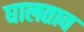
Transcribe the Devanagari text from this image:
घालताव